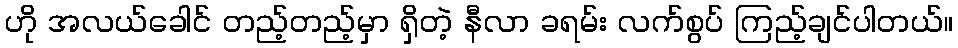
ဟို အလယ်ခေါင် တည့်တည့်မှာ ရှိတဲ့ နီလာ ခရမ်း လက်စွပ် ကြည့်ချင်ပါတယ်။